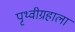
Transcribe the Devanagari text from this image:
पृथ्वीग्रहाला